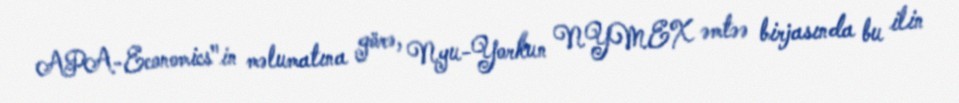
APA-Economics"in məlumatına görə, Nyu-Yorkun NYMEX əmtəə birjasında bu ilin